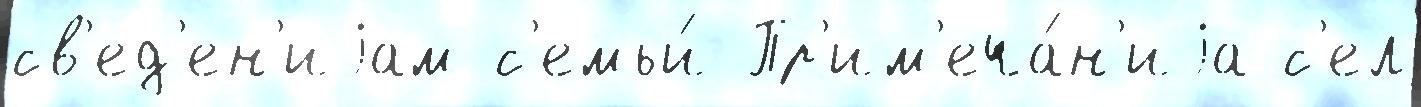
св'ед'ен'иjам с'емьи́ Пр'им'еча́н'иjа с'ел